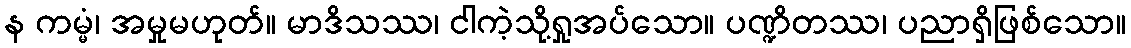
န ကမ္မံ၊ အမှုမဟုတ်။ မာဒိသဿ၊ ငါကဲ့သို့ရှုအပ်သော။ ပဏ္ဍိတဿ၊ ပညာရှိဖြစ်သော။